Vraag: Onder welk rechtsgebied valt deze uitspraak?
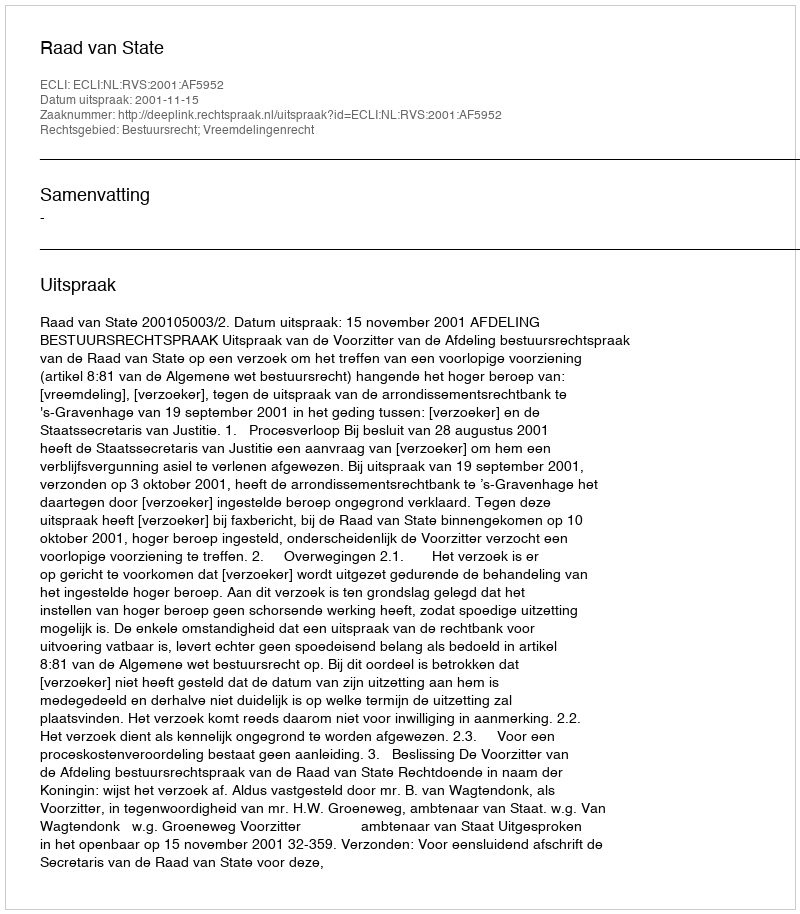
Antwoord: Bestuursrecht; Vreemdelingenrecht